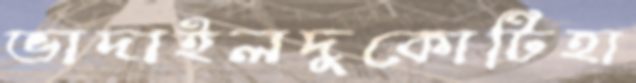
ভাদাইলদুকোটিহা